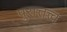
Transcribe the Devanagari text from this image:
पुरात्तत्त्व